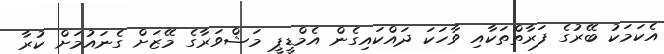
އެކަމަކު ބޭރުގެ ފަރާތްތަކާއި ވާހަކަ ދައްކައިގެން އެމްޑީޕީ މަޝްވަރާގެ މޭޒަށް ގެނައުމަށް ކުރާ